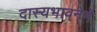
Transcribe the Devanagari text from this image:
दास्यभावनेने